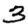
Digit: 3